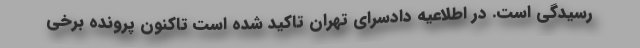
رسیدگی است. در اطلاعیه دادسرای تهران تاکید شده است تاکنون پرونده برخی